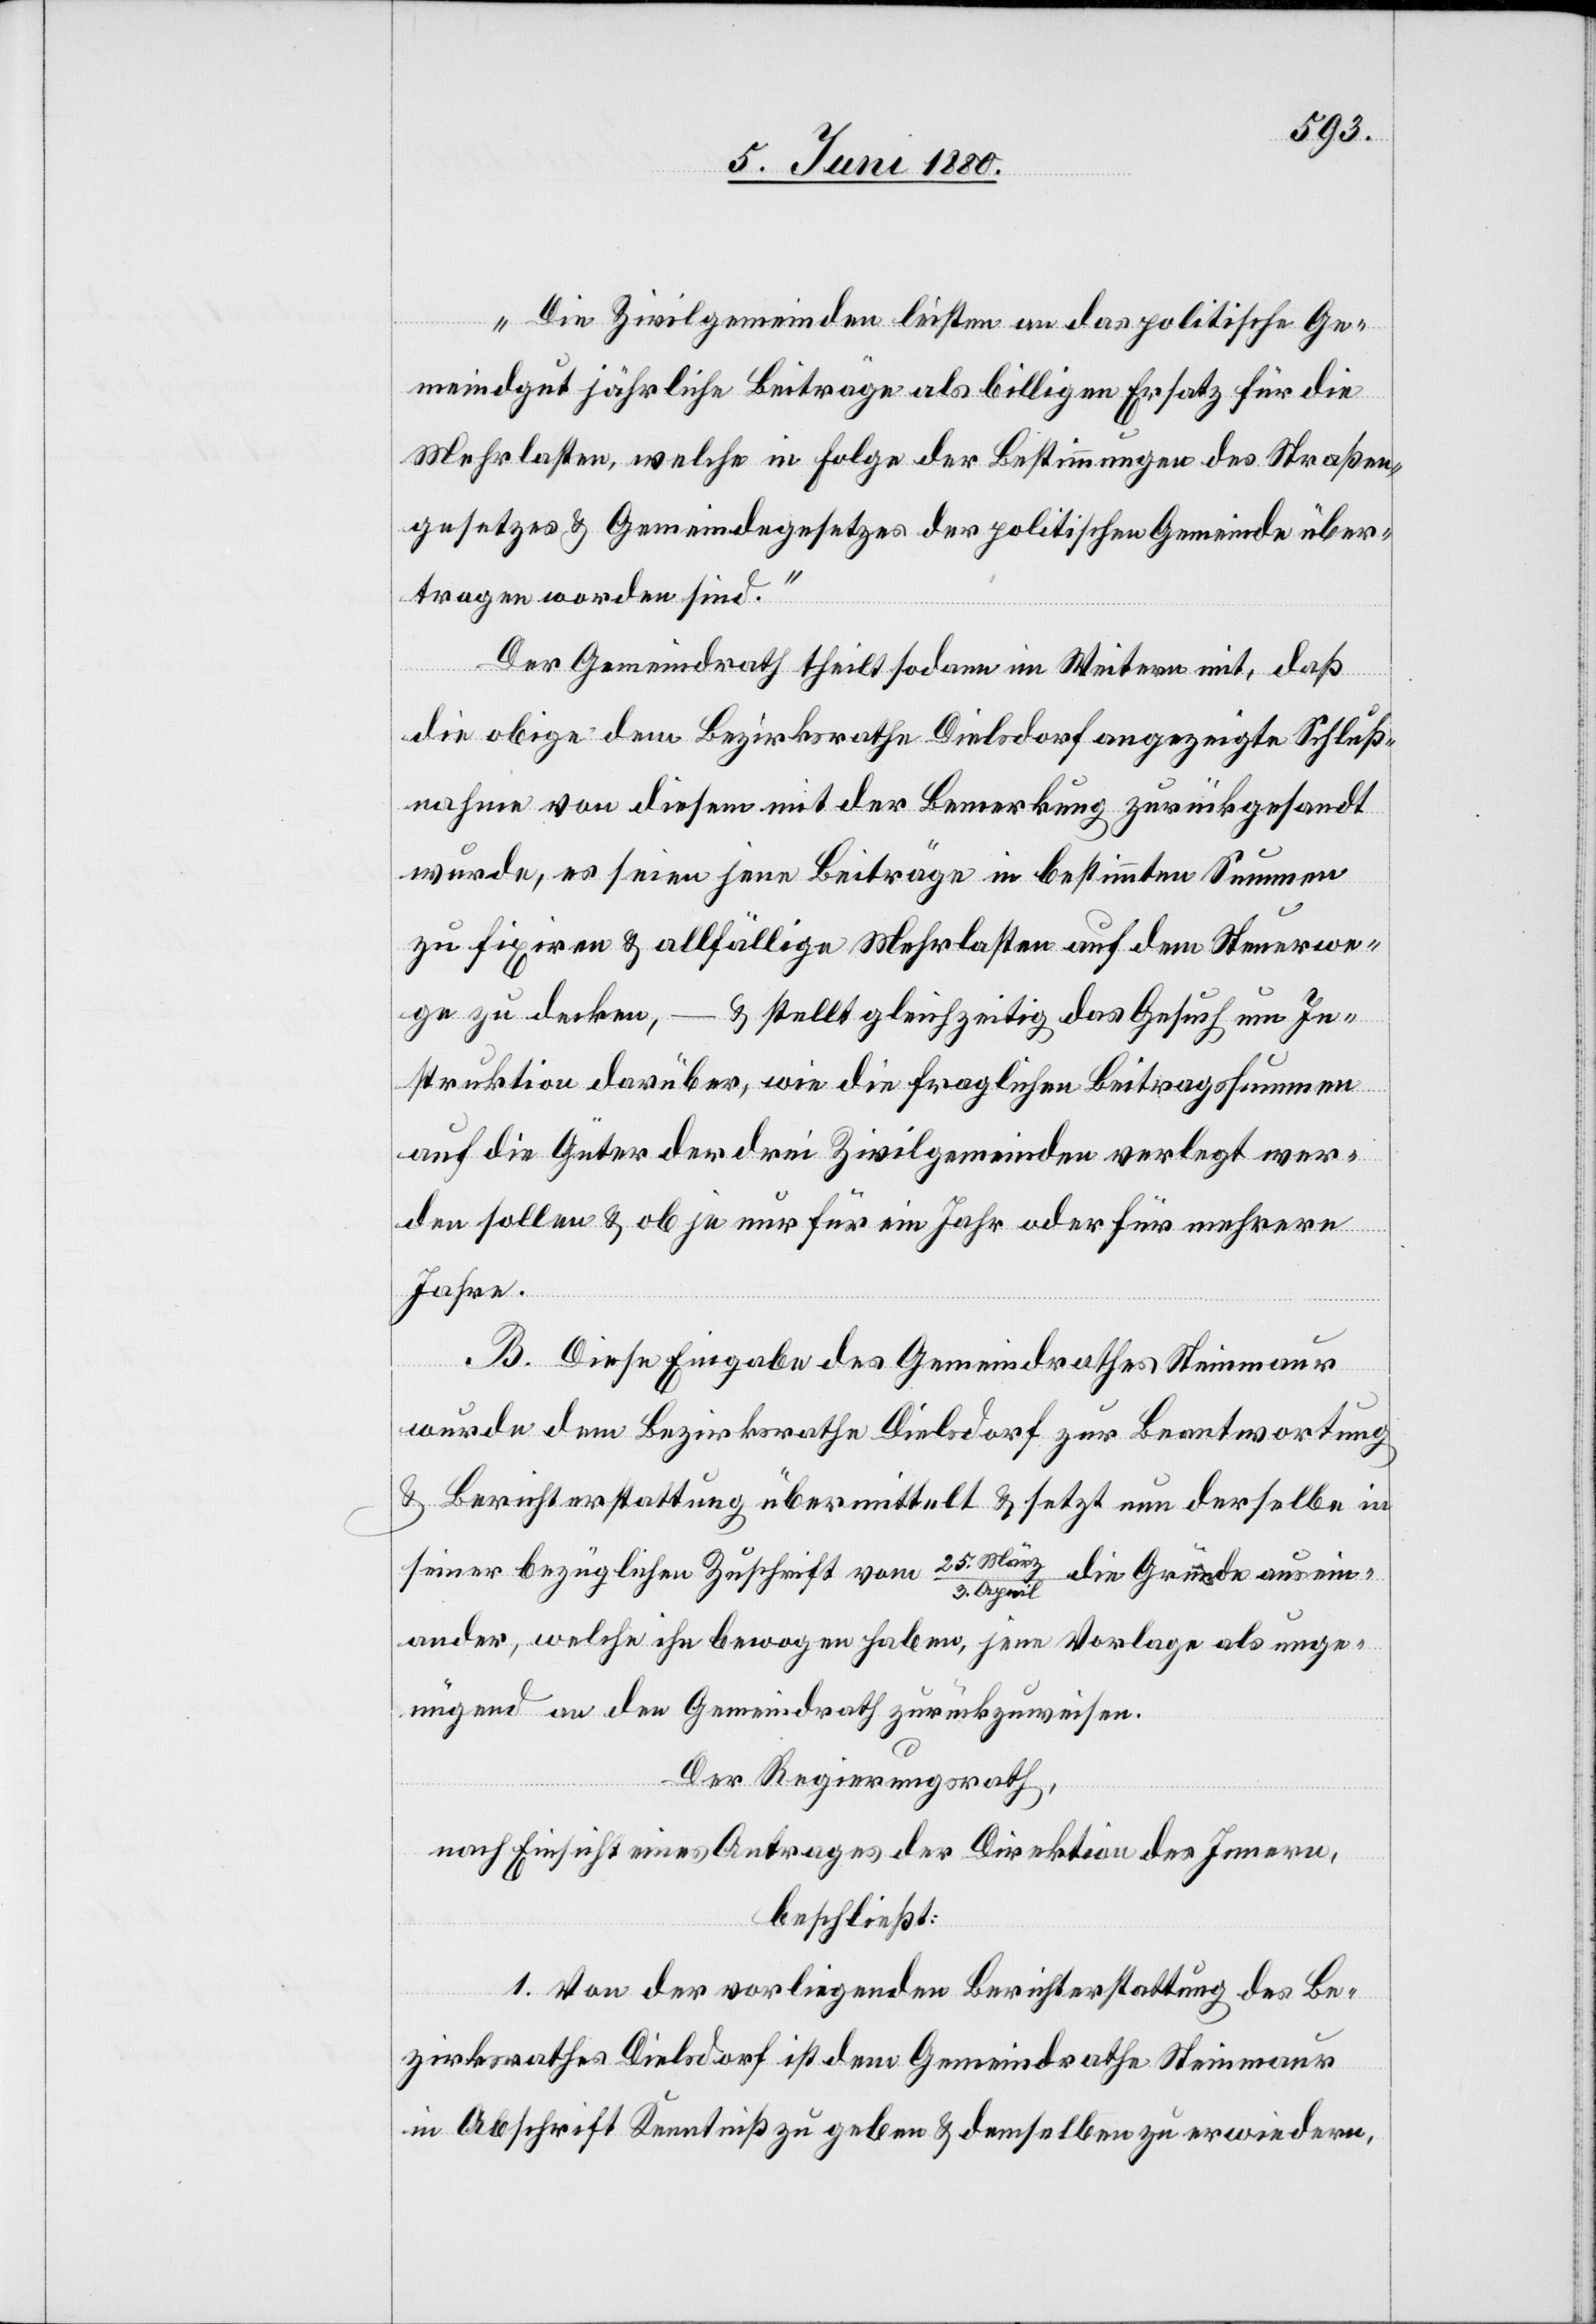
„Die Zivilgemeinden leisten an das politische Ge¬
meindegut jährliche Beiträge als billigen Ersatz für die
Mehrkosten, welche in Folge der Bestimmungen des Straßen¬
gesetzes & Gemeindegesetzes der politischen Gemeinde über¬
tragen worden sind.“
Der Gemeindrath theilt sodann im Weitern mit, daß
die obige dem Bezirksrathe Dielsdorf angezeigte Schluß¬
nahme von diesem mit der Bemerkung zurückgesandt
wurde, es seien jene Beiträge in bestimmten Summen
zu fixiren & allfällige Mehrkosten auf dem Steuerwe¬
ge zu decken, – & stellt gleichzeitig das Gesuch um In¬
struktion darüber, wie die fraglichen Beitragssummen
auf die Güter der drei Zivilgemeinde verlegt wer¬
den sollen & ob je nur für ein Jahr oder für mehrere
Jahre.
B. Diese Eingabe des Gemeindrathes Steinmaur
wurde dem Bezirksrathe Dielsdorf zur Beantwortung
& Berichterstattung übermittelt & setzt nun derselbe in
seiner bezüglichen Zuschrift vom 25. Mär¬
die Gründe ausein¬
z/3. April
ander, welche ihn bewogen haben, jene Vorlage als unge¬
nügend an den Gemeindrath zurückzuweisen.
Der Regierungsrath,
nach Einsicht eines Antrages der Direktion des Innern,
beschließt:
1. Von der vorliegenden Berichterstattung des Be¬
zirksrathes Dielsdorf ist dem Gemeindrathe Steinmaur
in Abschrift Kenntniß zu geben & demselben zu erwiedern,